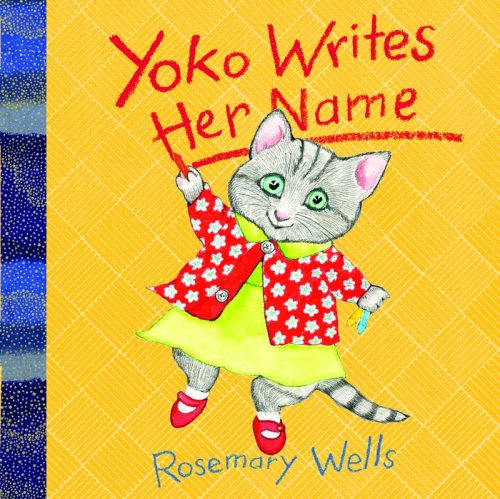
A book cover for Yoko Writes Her Name; Rosemary Wells; Children's Books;